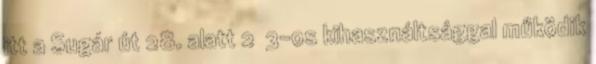
itt a Sugár út 28. alatt 2 3-os kihasználtsággal működik